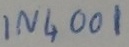
Text: IN4001